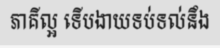
ភាគីល្អ ទើបងាយទប់ទល់នឹង